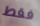
فقط